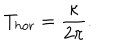
T _ { \mathrm { h o r } } = \frac { \kappa } { 2 \pi } .